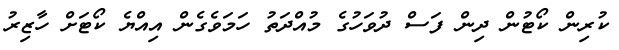
ކުރިން ކޯޓުން ދިން ފަސް ދުވަހުގެ މުއްދަތު ހަމަވެގެން އިއްޔެ ކޯޓަށް ހާޒިރު